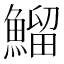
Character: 鰡